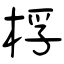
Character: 桴